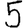
Digit: 5